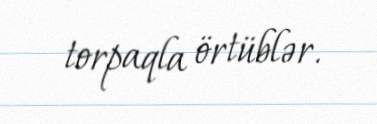
torpaqla örtüblər.